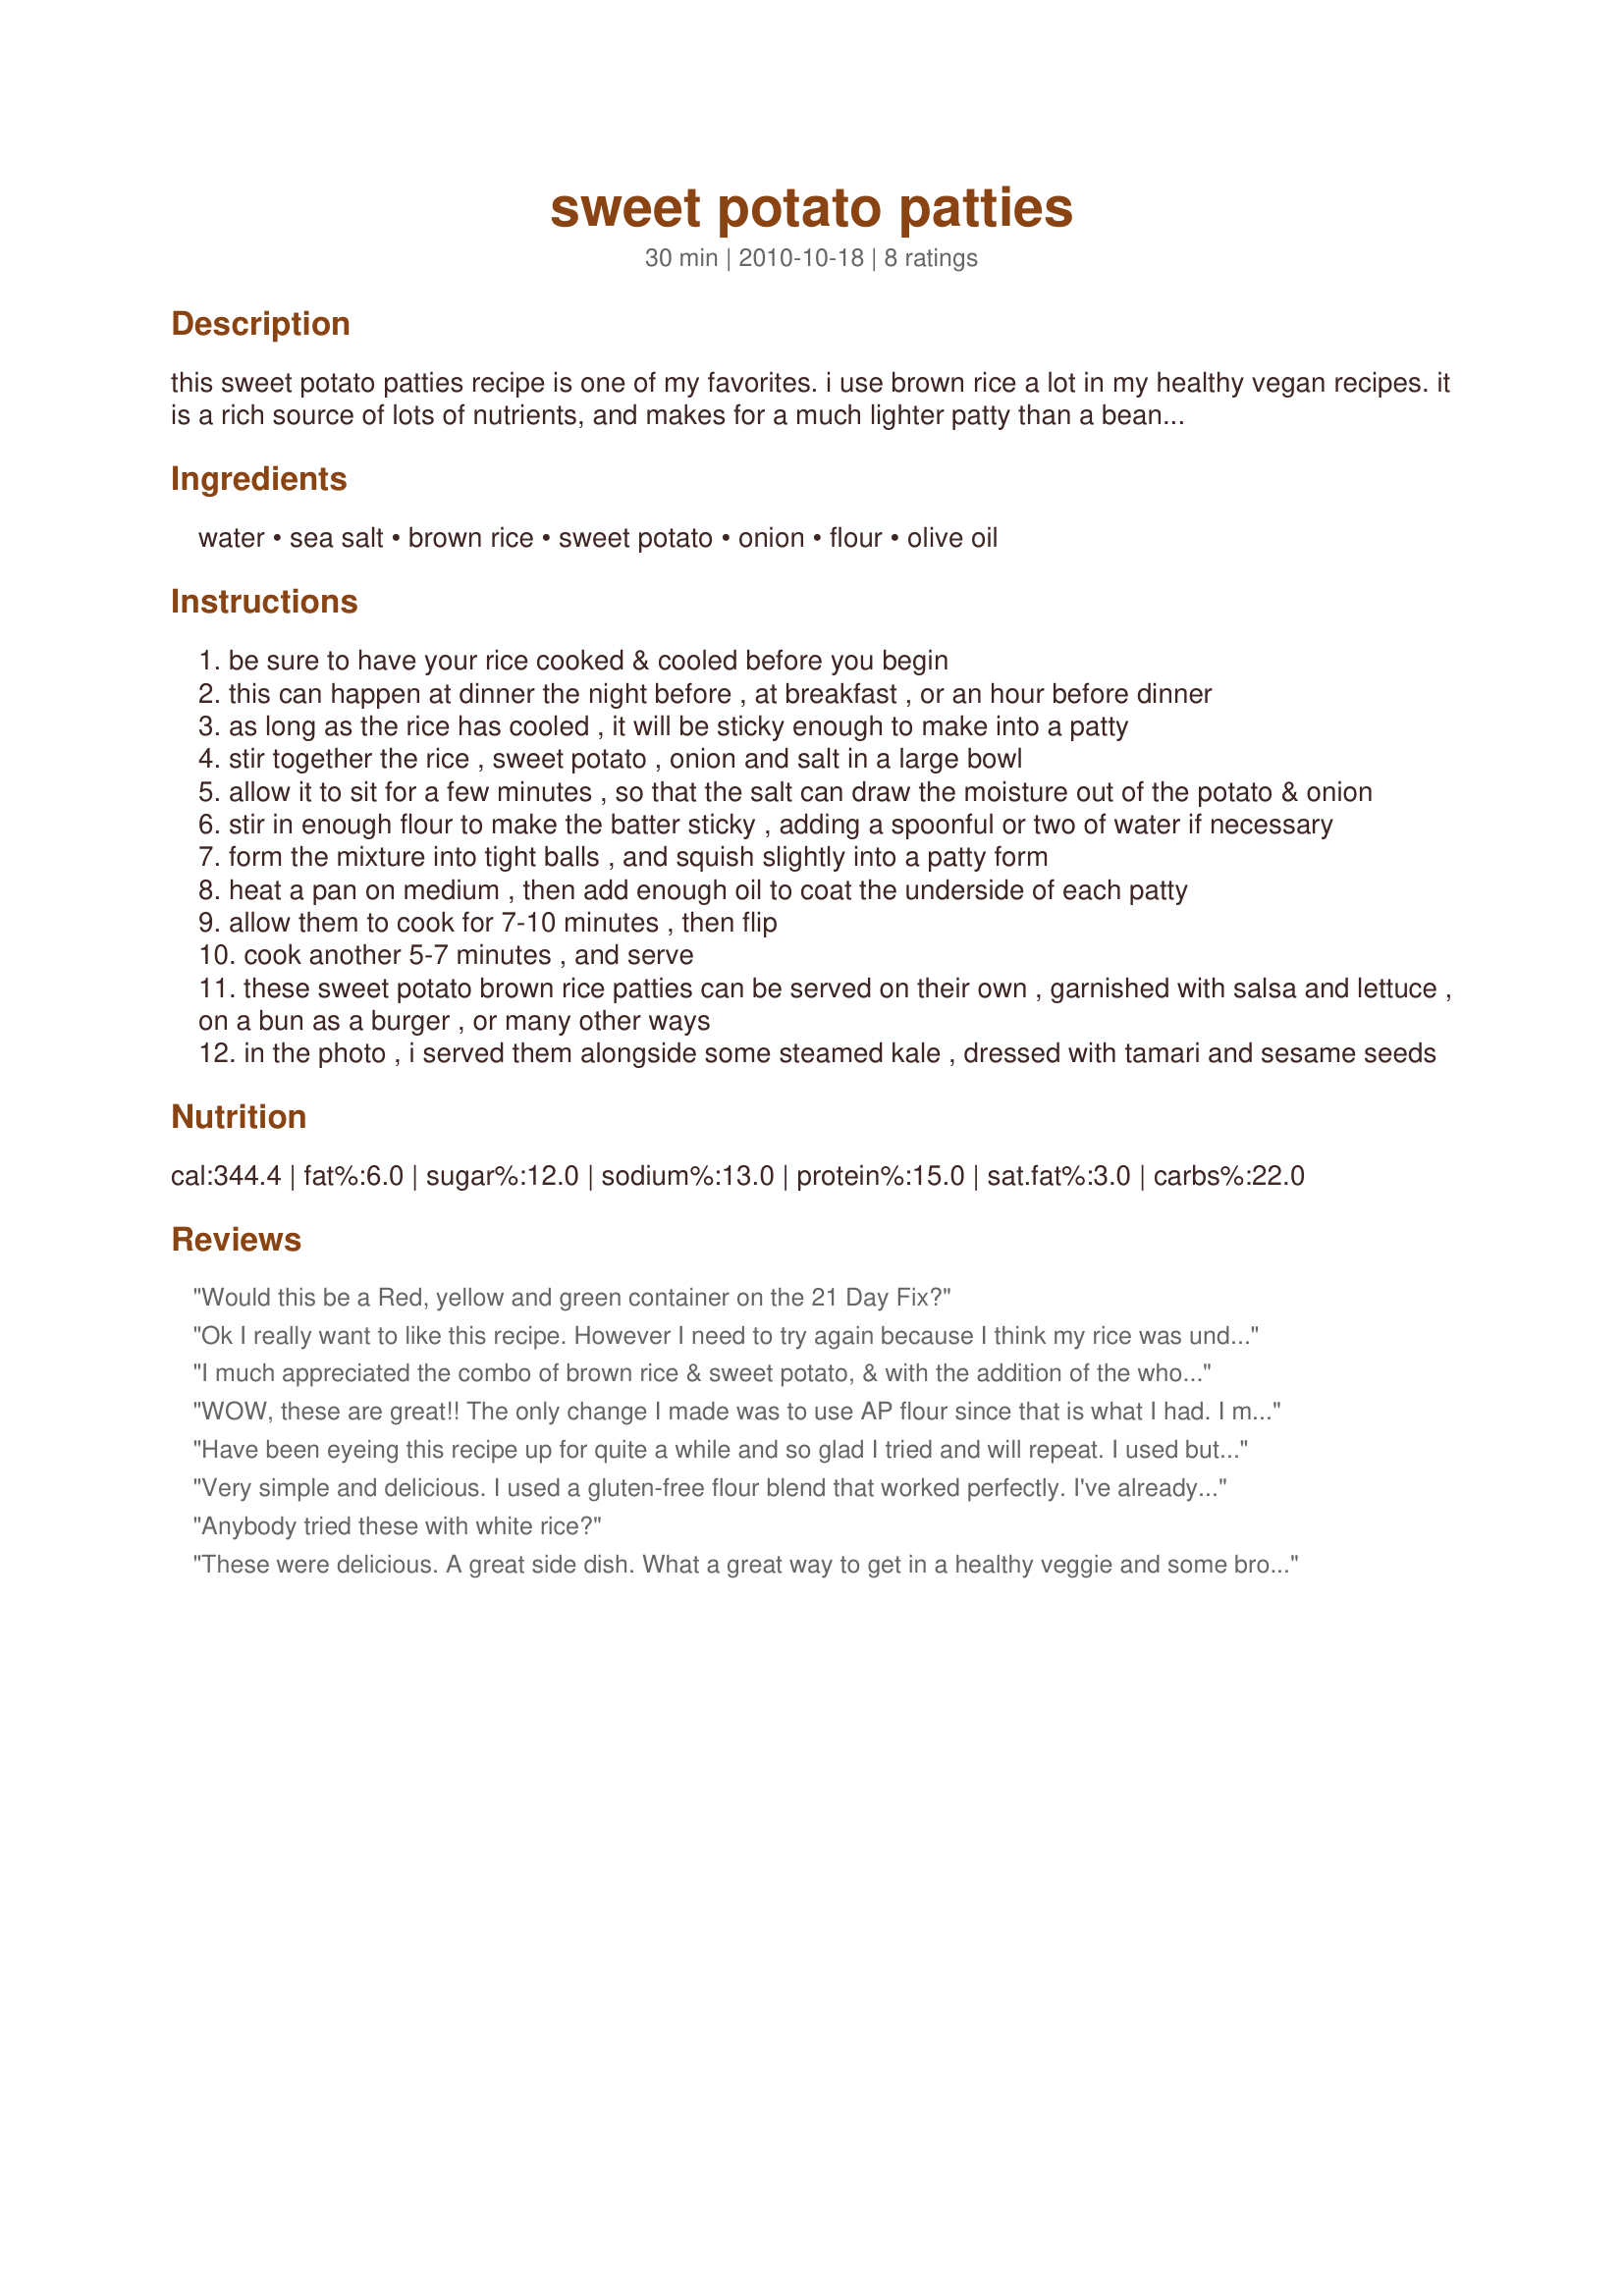
sweet potato patties
Preparation time: 30 minutes

this sweet potato patties recipe is one of my favorites. i use brown rice a lot in my healthy vegan recipes. it is a rich source of lots of nutrients, and makes for a much lighter patty than a bean-based veggie burger. this recipe is simple and delicious. it allows for a lot of variation in seasoning, and can easily be made with potato rather than sweet potato for a more neutral flavor. i've kept things really simple here to focus attention on the sweet potato.

Ingredients:
water, sea salt, brown rice, sweet potato, onion, flour, olive oil

Steps:
be sure to have your rice cooked & cooled before you begin
this can happen at dinner the night before , at breakfast , or an hour before dinner
as long as the rice has cooled , it will be sticky enough to make into a patty
stir together the rice , sweet potato , onion and salt in a large bowl
allow it to sit for a few minutes , so that the salt can draw the moisture out of the potato & onion
stir in enough flour to make the batter sticky , adding a spoonful or two of water if necessary
form the mixture into tight balls , and squish slightly into a patty form
heat a pan on medium , then add enough oil to coat the underside of each patty
allow them to cook for 7-10 minutes , then flip
cook another 5-7 minutes , and serve
these sweet potato brown rice patties can be served on their own , garnished with salsa and lettuce , on a bun as a burger , or many other ways
in the photo , i served them alongside some steamed kale , dressed with tamari and sesame seeds

Reviews:
Would this be a Red, yellow and green container on the 21 Day Fix?
Ok I really want to like this recipe. However I need to try again because I think my rice was undercooked and my patties did not stick together. However the flavor was very good so hopefully my next attempt will be better.
I much appreciated the combo of brown rice & sweet potato, & with the addition of the whole wheat flour, these patties were a special treat, indeed! Certainly something I'll make again & again over the end-of-the-year holiday season! [Made & reviewed in New Kids on the Block tag]
WOW, these are great!! The only change I made was to use AP flour since that is what I had. I made these a little small to have as a side dish, but ended up eating them all (and not the main dish)! I will definitely be making these again and trying as a burger or with salsa. A good healthy recipe to have and not feel like you are missing out on taste. Going into my Best of Cookbook! Made for Spring PAC 2013.
Have been eyeing this recipe up for quite a while and so glad I tried and will repeat. I used butternut squash (raw) and it worked fine. I did add more than a pinch of salt and pepper. Can see using different spices depending upon rest of meal. Maybe cumin? Mine did come out a tad oily but I did use more than a teaspoon of oil so my mistake. We had ours with recipe#512904 and the two complimented each other well. In fact put some of the dressing from salad on patty and was good but looked odd. Thank you for sharing.
Very simple and delicious. I used a gluten-free flour blend that worked perfectly. I've already made these several times. Thanks for a great recipe.
Anybody tried these with white rice?
These were delicious. A great side dish. What a great way to get in a healthy veggie and some brown rice.
